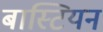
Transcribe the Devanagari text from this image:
बास्टियन